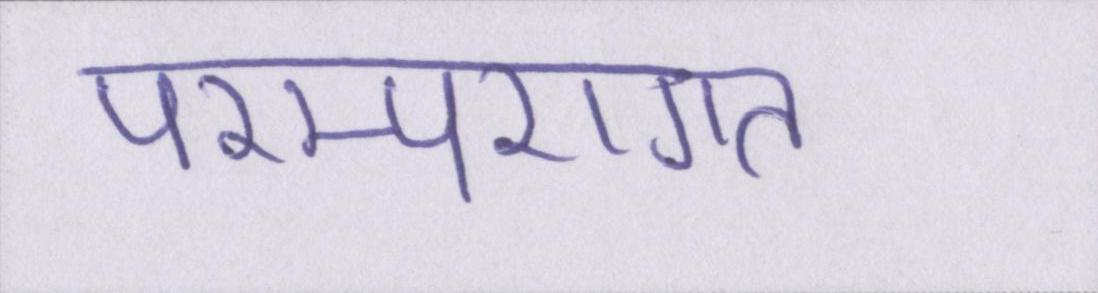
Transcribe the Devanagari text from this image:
परम्परागत